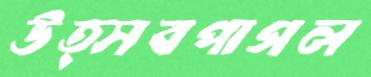
উত্সবপাগল